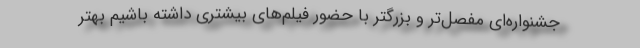
جشنواره‌ای مفصل‌تر و بزرگتر با حضور فیلم‌های بیشتری داشته باشیم بهتر